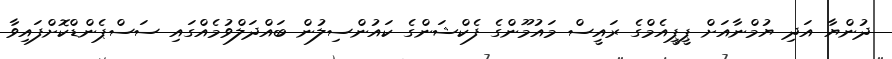
ދުންޔާ އަދި ޔުމްނާއަށް ޕީޕީއެމްގެ ރައީސް މައުމޫންގެ ފެކްޝަންގެ ކައުންސިލުން ބައްދަލްވުމެއްގައި ސަސްޕެންޑްކޮށްފައިވާ